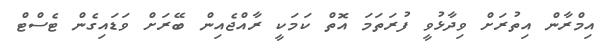
އިމްރާން އިތުރަށް ވިދާޅުވީ ފުރަތަމަ އޮތް ކަމަކީ ރާއްޖެއިން ބޭރަށް ވަޑައިގެން ޓެސްޓް